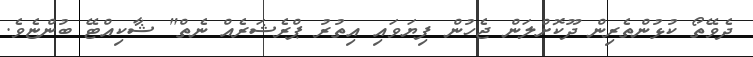
ދެވޭތޯ ކުޅުންތެރިން ދޫކޮށްލަން ޖެހުން ފިޔަވައި އިތުރު ޕްރެޝަރެއް ނެތް" ޝާކިއްޓޭ ބުންޏެވެ.